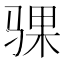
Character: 骒